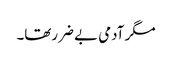
مگر آدمی بے ضررتھا۔